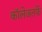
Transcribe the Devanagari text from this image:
कॉलेजतर्फे